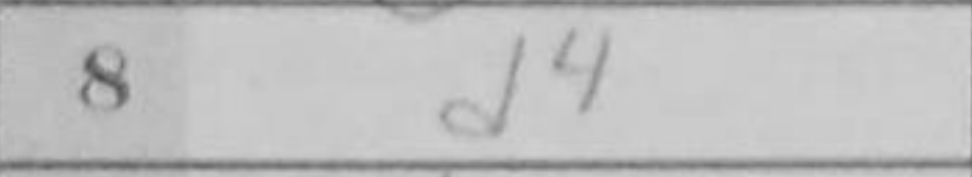
Transcription: d4